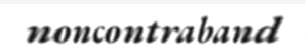
noncontraband